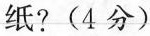
纸?(4分)